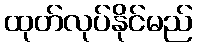
ထုတ်လုပ်နိုင်မည်